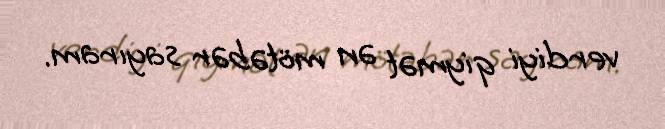
verdiyi qiymət ən mötəbər sayıram.